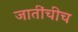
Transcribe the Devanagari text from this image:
जातींचीच